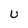
Character: U